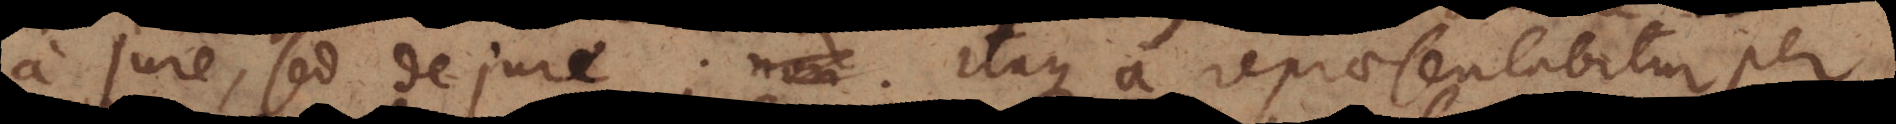
a jure, sed de jure. Itaque a repraesentabitur per